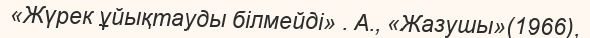
«Жүрек ұйықтауды білмейді» . А., «Жазушы»(1966),